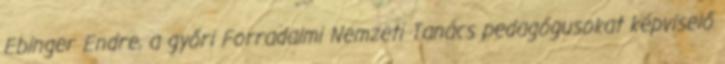
Ebinger Endre, a győri Forradalmi Nemzeti Tanács pedagógusokat képviselő